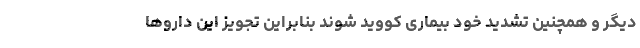
دیگر و همچنین تشدید خود بیماری کووید شوند بنابراین تجویز این داروها